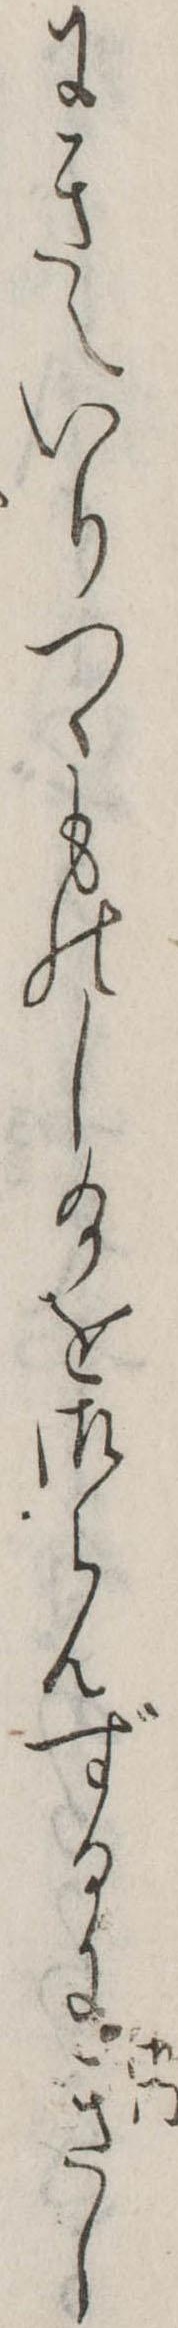
にきえいりつゝものし給を御らんずるにきし